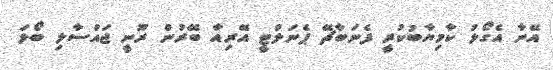
އޭނާ އެގޯލު ކާމިޔާބުކުރީ ފެނަބާޗޭ ޕެނަލްޓީ އޭރިއާ ބޭރުން ރޫނީ ޖައްސާލި ބޯޅަ